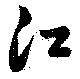
江